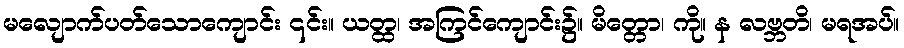
မလျောက်ပတ်သောကျောင်း ၎င်း။ ယတ္ထ၊ အကြင်ကျောင်း၌။ မိတ္တော၊ ကို။ န လဗ္ဘတိ၊ မရအပ်။